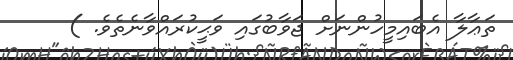
ތަޢާލާ އެބައިމީހުންނަށް ޖަވާބުގައި ވަޙީކުރައްވާނެތެވެ. )